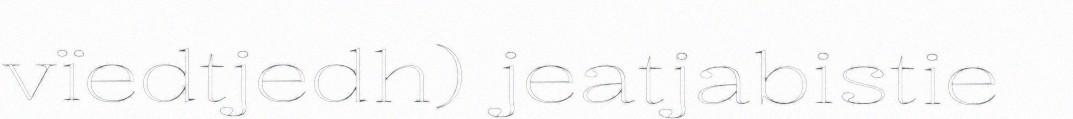
vïedtjedh) jeatjabistie